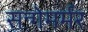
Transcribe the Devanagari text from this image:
सन्गेमर्मर